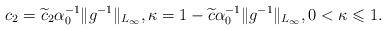
LaTeX: \begin{align*}c_2=\widetilde{c}_2\alpha _0^{-1}\Vert g^{-1}\Vert _{L_\infty},\kappa =1-\widetilde{c}\alpha _0^{-1}\Vert g^{-1}\Vert _{L_\infty},0<\kappa \leqslant 1.\end{align*}